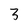
Character: 3